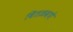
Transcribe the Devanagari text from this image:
वितळवणे